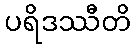
ပရိဒဿီတိ